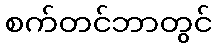
စက်တင်ဘာတွင်